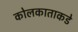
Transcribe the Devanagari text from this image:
कोलकाताकडे